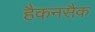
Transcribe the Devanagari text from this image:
हैकनसैक